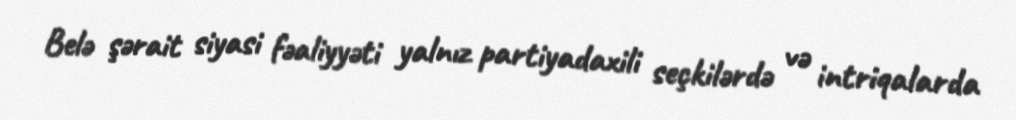
Belə şərait siyasi fəaliyyəti yalnız partiyadaxili seçkilərdə və intriqalarda